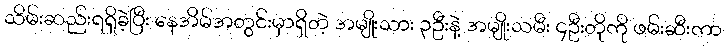
သိမ်းဆည်းရရှိခဲ့ပြီး နေအိမ်အတွင်းမှာရှိတဲ့ အမျိုးသား ၃ဦးနဲ့ အမျိုးသမီး ၄ဦးတိုကို ဖမ်းဆီးကာ